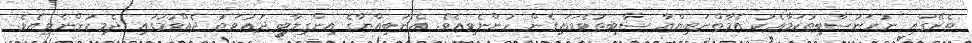
ތެރޭގައި ނުހަނުސާބިތުކަމާއެކު އެމާތްނަބިޔްޔާ ސާބިތުވެވަޑައިގެން ހުންނެވިއެވެ. އެނަބިއްޔާގެ އިންގިލާބީ ދަޢުވަތު ދެއްވުމުގައި ދެމިހުންނެވިއެވެ.